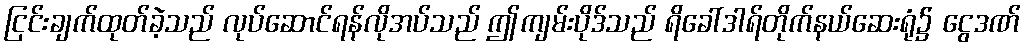
ငြင်းချက်ထုတ်ခဲ့သည် လုပ်ဆောင်ရန်လိုအပ်သည် ဤကျမ်းပိုဒ်သည် ရိခေါ်ဒါရ်တိုက်နယ်ဆေးရုံ၌ ငွေဒဏ်